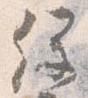
経